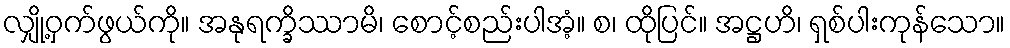
လျှို့ဝှက်ဖွယ်ကို။ အနုရက္ခိဿာမိ၊ စောင့်စည်းပါအံ့။ စ၊ ထိုပြင်။ အဋ္ဌဟိ၊ ရှစ်ပါးကုန်သော။